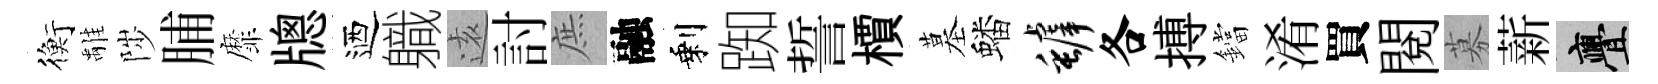
衡𩀌陟脯靡牕迺軄逺討庶融剩踟誓檟墓蟠罅各搏鐺淆買閲募薪亹